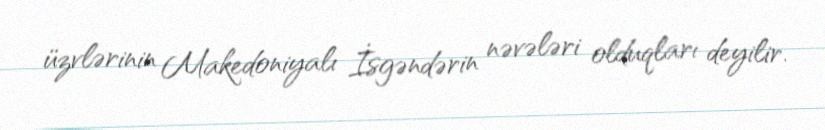
üzvlərinin Makedoniyalı İsgəndərin nəvələri olduqları deyilir.